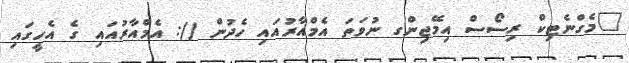
މެގްނެޓިކް ރިސޯސް އިމޭޖިންގ ނުވަތަ އެމްއާރުއައި ހެދުން (): އެމްއާރުއައި ގެ އެހީގައި